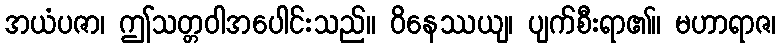
အယံပဇာ၊ ဤသတ္တဝါအပေါင်းသည်။ ဝိနေဿယျ၊ ပျက်စီးရာ၏။ မဟာရာဇ၊